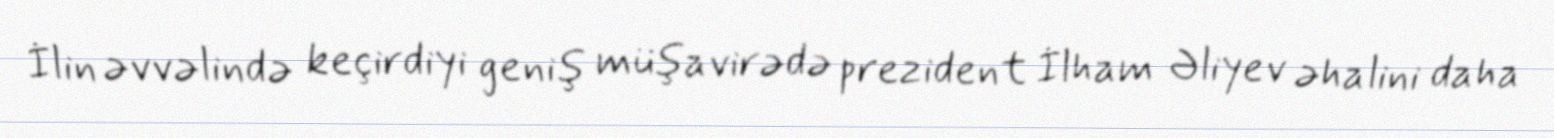
İlin əvvəlində keçirdiyi geniş müşavirədə prezident İlham Əliyev əhalini daha